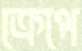
ক্রেপে